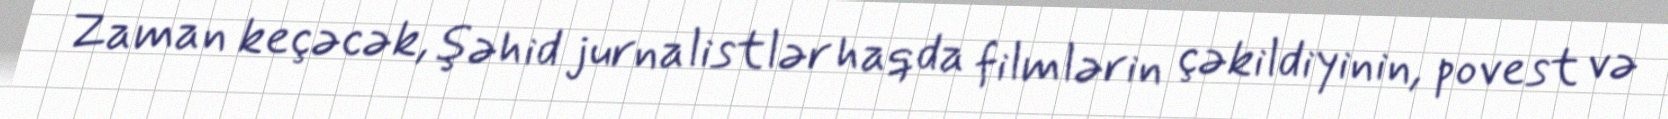
Zaman keçəcək, şəhid jurnalistlər haqda filmlərin çəkildiyinin, povest və